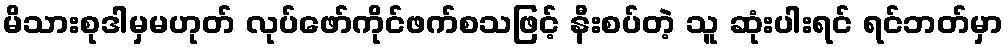
မိသားစုဒါမှမဟုတ် လုပ်ဖော်ကိုင်ဖက်စသဖြင့် နီးစပ်တဲ့ သူ ဆုံးပါးရင် ရင်ဘတ်မှာ